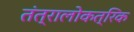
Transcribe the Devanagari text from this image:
तंत्रालोकत्रिक